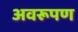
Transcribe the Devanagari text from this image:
अवरूपण